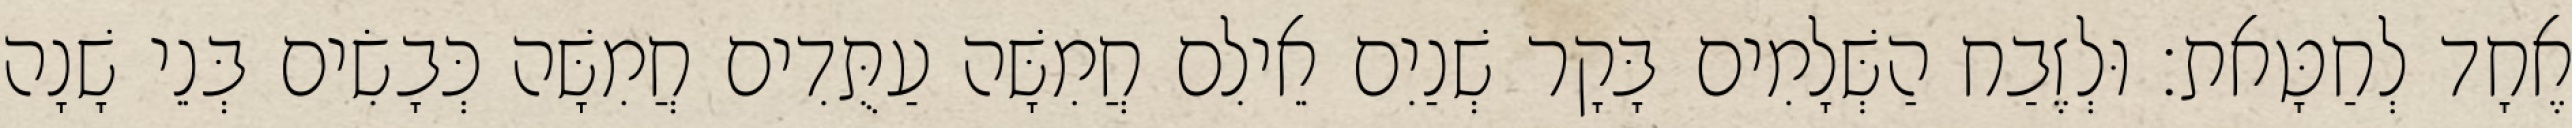
אֶחָד לְחַטָּאת׃ וּלְזֶבַח הַשְּׁלָמִים בָּקָר שְׁנַיִם אֵילִם חֲמִשָּׁה עַתֻּדִים חֲמִשָּׁה כְּבָשִׂים בְּנֵי שָׁנָה